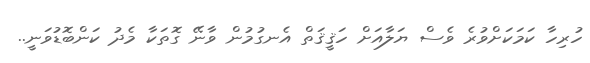
ހުރިހާ ކަމަކަށްވުރެ ވެސް ޔަލާއަށް ހަޤީޤަތް އެނގުމުން ވާނޭ ގޮތަކާ މެދު ކަންބޮޑުވަނީ..